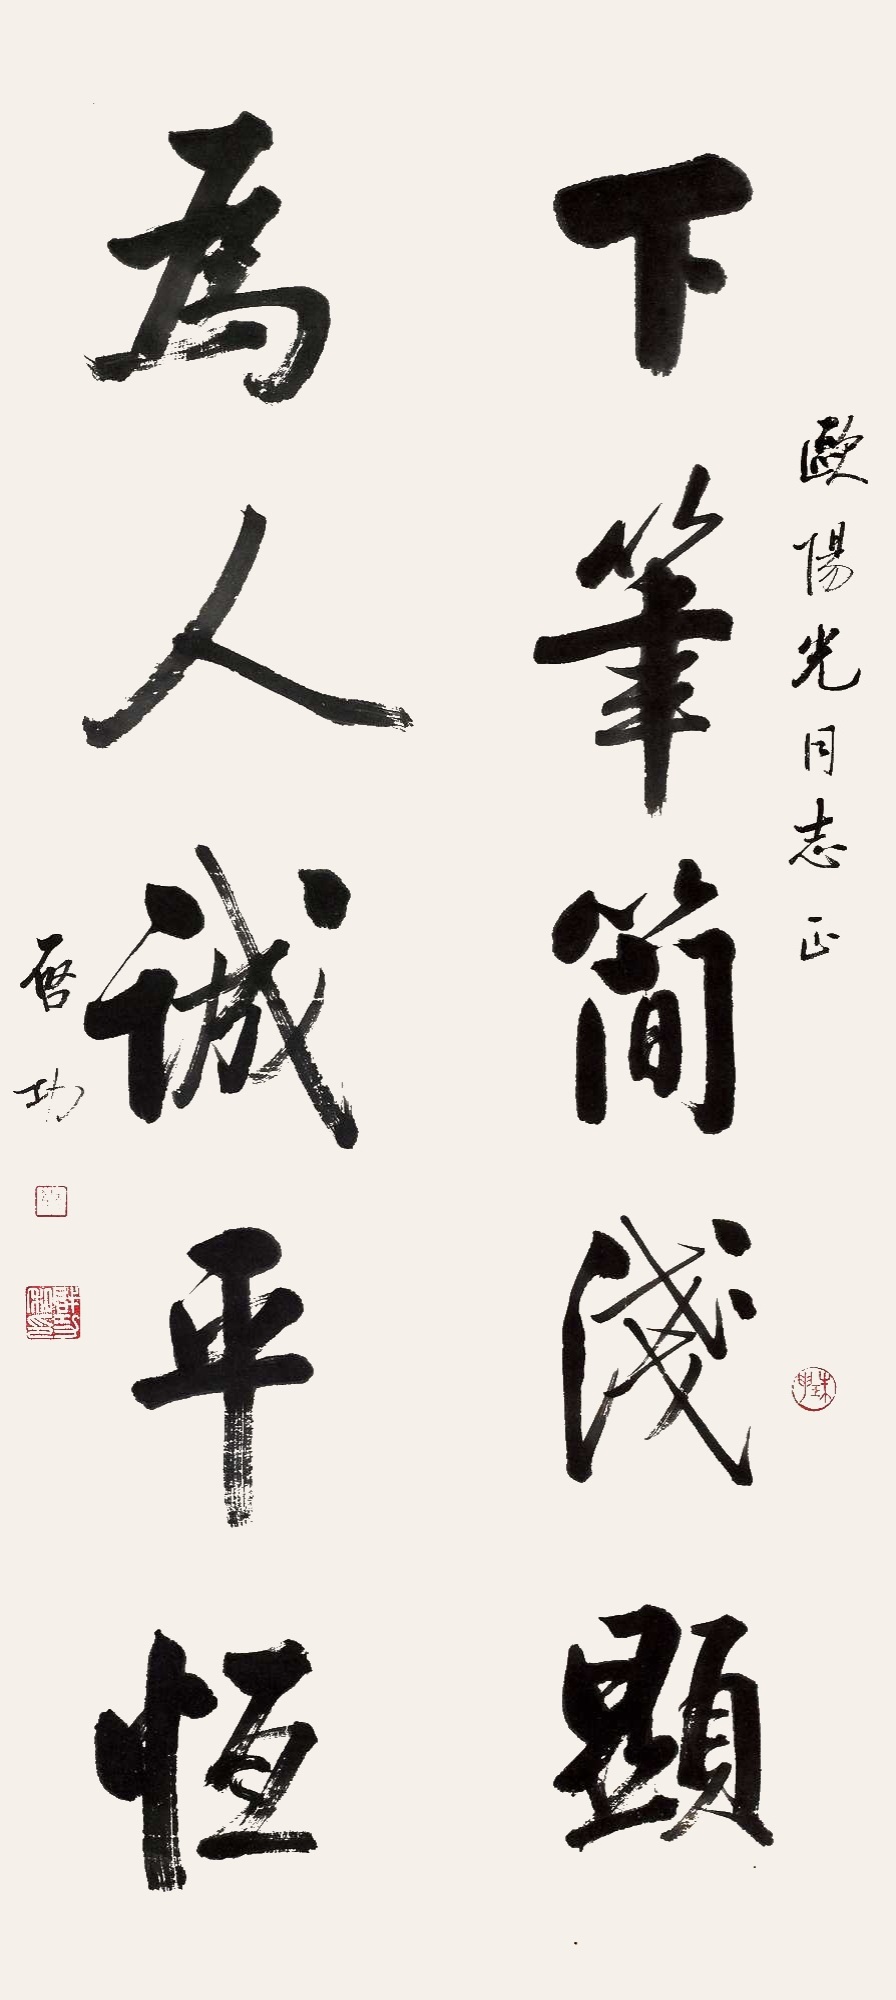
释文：下笔简浅显，为人诚平恒。欧阳光同志正。启功。